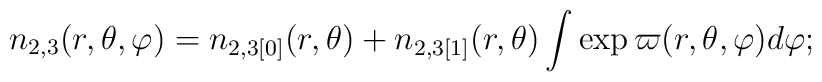
n_{2,3}(r,\theta ,\varphi )=n_{2,3[0]}(r,\theta )+n_{2,3[1]}(r,\theta )\int\exp \varpi (r,\theta ,\varphi )d\varphi ;